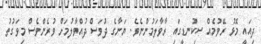
ދިއައީ މޮޅު ރޭވުމެއް ސިކުނޑީގައި ރާވާލަމުންނެވެ. ޔަނާގެ ދުވަސް ދުއްވާލުމަށް ވުރެންވެސް މިވަގުތު